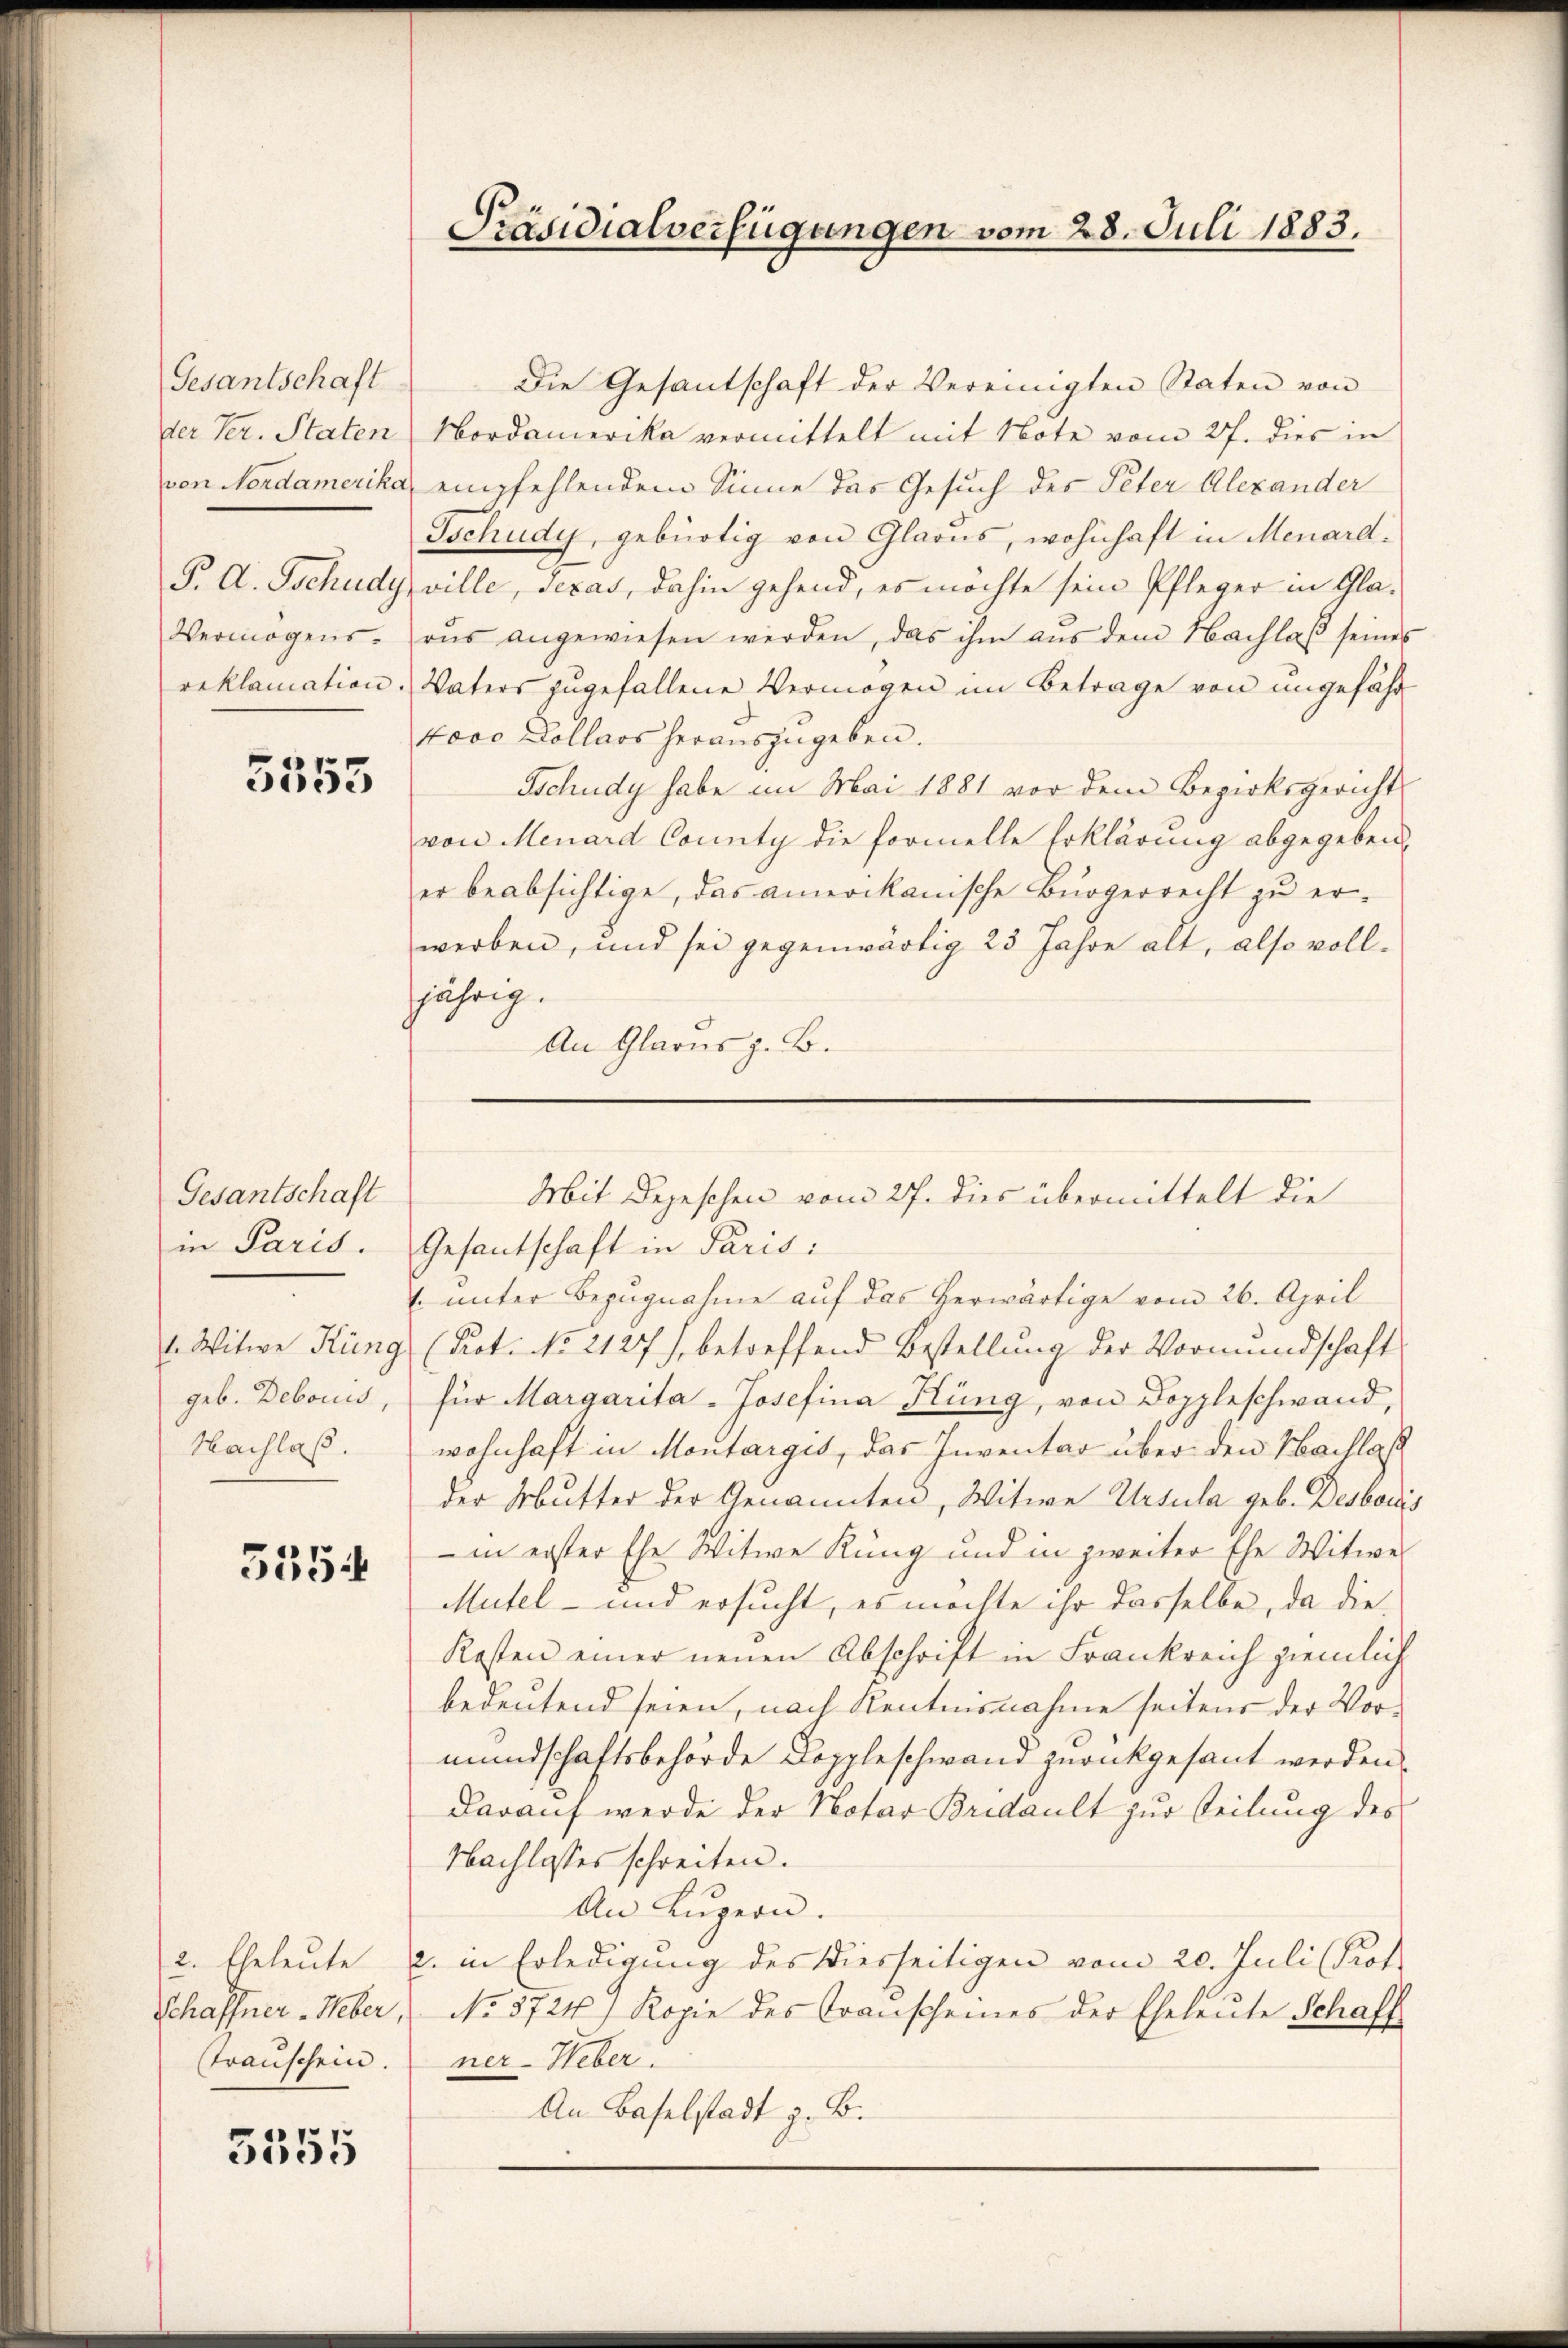
Gesantschaft
der Ver. Staten
von Nordamerika
P. A. Tschudy
Vermögens.
reklamation.

5553

Gesantschaft
in Paris.
1. Witwe Küng
geb. Debonis,
Nachlaß.

5354

.

2. Eheleute
Schaffner Weber,
Trauschein.

5555

Die Gesantschaft der Vereinigten Staten von
Nordamerika vermittelt mit Note vom 27. dies in
empfehlendem Sinne das Gesuch des Peter Alexander
Tschudy, gebürtig von Glarus, wohnhaft in Menardville, Texas, dahin gehend, es möchte sein Pfleger in Glaris angewiesen werden, das ihm aŭs dem Nachlaβ seines
Vaters zugefallene Vermögen im Betrage von ungefähr
4000 Dollaos herauszugeben.
Tschudy habe im Mai 1881 vor dem Bezirksgericht
von Menard County die formelle Erklärung abgegeben,
er beabsichtige, das amerikanische Bürgerrecht zu erwerben, und sei gegenwärtig 23 Jahre alt, also volljährig.
An Glarus z. B.

Präsidialverfügungen vom 28. Juli 1883.

Gesantschaft in Paris:
 ŭnter Bezŭgnahme aŭf das herwärtige vom 26. April
(Pot. No. 2127), betreffend Bestellung der Vormundschaft
für Margarita-Josefina Küng, von Doppleschwand,
wohnhaft in Montarges, das Inventar über den Nachlaß
der Mutter der Genannten, Witwe Ursula geb. Desbois
 in erster Ehe Witwe Rung und in zweiter Ehe Witwe
Mutel- und ersucht, es möchte ihr dasselbe, da die
Kosten einer neuen Abschrift in Frankreich ziemlich
bedeutend seien, nach Kenntnisnahme seitens der Vormundschaftsbehörde Doppleschwand zurückgesant werden.
Darauf werde der Notar Bridault zur Teilung des
Nachlosses schreiten.
An Luzern.
c. in Erledigung des hierseitigen vom 20. Juli Prof.
No. 3724, Kopie des Transcheines der Eheleŭte Schaff
ner-Weber.
An Baselstadt z. B.

Mit Depeschen vom 27. dies übermittelt die